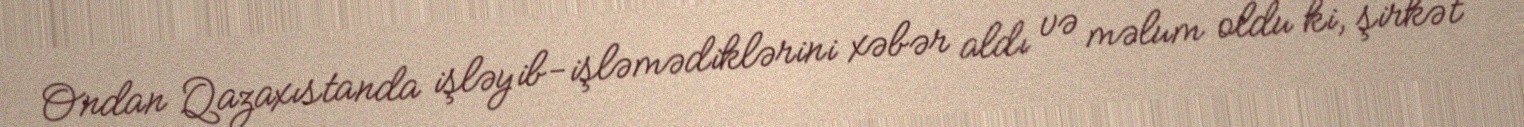
Ondan Qazaxıstanda işləyib-işləmədiklərini xəbər aldı və məlum oldu ki, şirkət